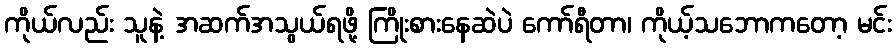
ကိုယ်လည်း သူနဲ့ အဆက်အသွယ်ရဖို့ ကြိုးစားနေဆဲပဲ ကော်ရီတာ၊ ကိုယ့်သဘောကတော့ မင်း